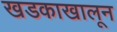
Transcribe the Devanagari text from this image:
खडकाखालून